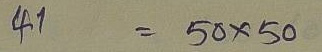
41 = 50 x 50